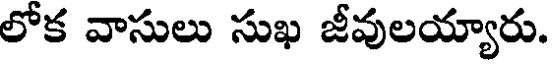
లోక వాసులు సుఖ జీవులయ్యారు.